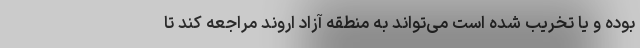
بوده و یا تخریب شده است می‌تواند به منطقه آزاد اروند مراجعه کند تا